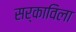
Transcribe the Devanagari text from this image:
सर्काविला